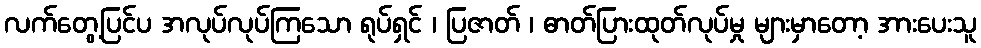
လက်တွေ့ပြင်ပ အလုပ်လုပ်ကြသော ရုပ်ရှင် ၊ ပြဇာတ် ၊ ဓာတ်ပြားထုတ်လုပ်မှု များမှာတော့ အားပေးသူ